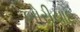
બોરીયાદ